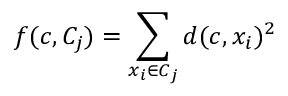
f ( c , C _ { j } ) = \sum _ { x _ { i } \in C _ { j } } d ( c , x _ { i } ) ^ { 2 }